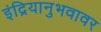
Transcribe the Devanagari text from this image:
इंद्रियानुभवावर